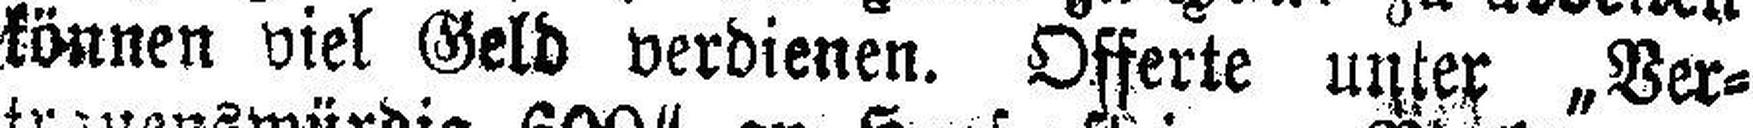
können viel Geld verdienen. Offerte unter „Ver¬